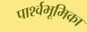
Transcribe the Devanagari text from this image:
पार्श्वभूमिका